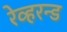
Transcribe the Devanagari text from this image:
रेव्हरन्ड